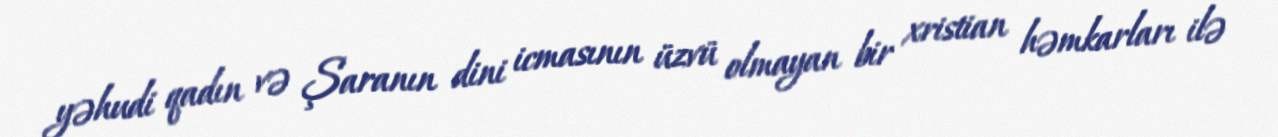
yəhudi qadın və Şaranın dini icmasının üzvü olmayan bir xristian həmkarları ilə